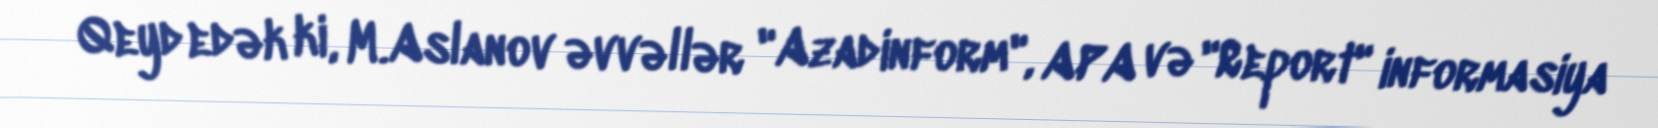
Qeyd edək ki, M.Aslanov əvvəllər "Azadinform", APA və "Report" informasiya